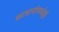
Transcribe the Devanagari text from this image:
साधनांमध्येही